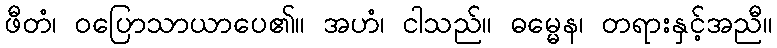
ဖီတံ၊ ဝပြောသာယာပေ၏။ အဟံ၊ ငါသည်။ ဓမ္မေန၊ တရားနှင့်အညီ။